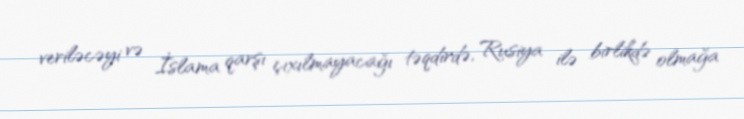
veriləcəyi və İslama qarşı çıxılmayacağı təqdirdə, Rusiya ilə birlikdə olmağa